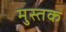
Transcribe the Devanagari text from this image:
मुस्तक